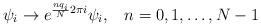
LaTeX: \begin{align*}\psi_i \to e^{\frac{nq_i}{N}2\pi i} \psi_i,\; \; \; n=0,1,\ldots ,N-1\end{align*}